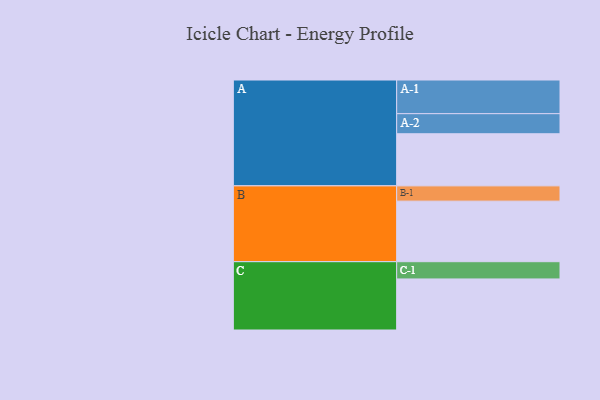
{"axis": {"x": "Segment", "y": "Value"}, "legend": ["", "A", "B", "C"], "data": [{"x": "A", "y": 444, "type": ""}, {"x": "B", "y": 516, "type": ""}, {"x": "C", "y": 435, "type": ""}, {"x": "A-1", "y": 287, "type": "A"}, {"x": "A-2", "y": 171, "type": "A"}, {"x": "B-1", "y": 130, "type": "B"}, {"x": "C-1", "y": 147, "type": "C"}]}